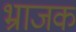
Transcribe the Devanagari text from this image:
भ्राजक